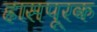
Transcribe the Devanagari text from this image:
ह्रासपूरक